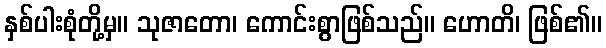
နှစ်ပါးစုံတို့မှ။ သုဇာတော၊ ကောင်းစွာဖြစ်သည်။ ဟောတိ၊ ဖြစ်၏။